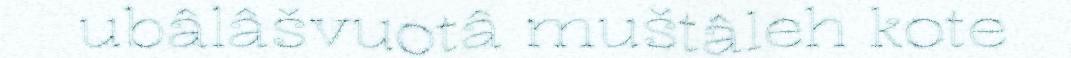
ubâlâšvuotâ muštâleh kote